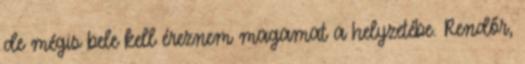
de mégis bele kell éreznem magamat a helyzetébe. Rendőr,